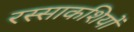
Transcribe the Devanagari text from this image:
रस्साकशियों